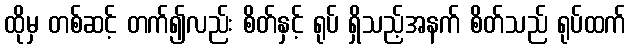
ထိုမှ တစ်ဆင့် တက်၍လည်း စိတ်နှင့် ရုပ် ရှိသည့်အနက် စိတ်သည် ရုပ်ထက်